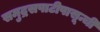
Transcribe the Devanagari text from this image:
समुद्रसपाटीपासून्ची